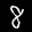
Digit: 8